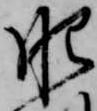
肥